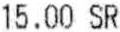
15.00 SR